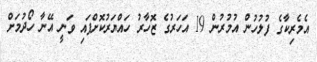
އެމެރިކާގެ ފުލުހުން އުމުރުން 19 އަހަރުގެ ޒޮހާރު ހައްޔަރުކޮށްފައި ވަނީ އޭނާ ހޯދުމަށް